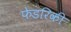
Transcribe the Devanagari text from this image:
फेडरिकी